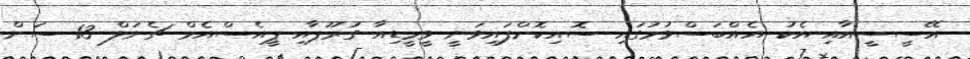
އޭސީސީއާއި އެކު އެއްބަސްވުމުގައި ސޮއިކޮށްފައިވަނީ ވީމީޑިއާ ގުރޫޕާއި ޕީއެސްއެމް ޗެނަލް 13 ސަން